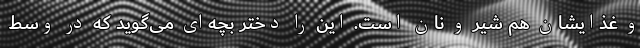
و غذایشان هم شیر و نان است. این را دختر بچه‌ای می‌گوید که در وسط